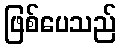
ဖြစ်ပေသည်